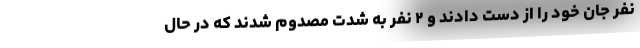
نفر جان خود را از دست دادند و ۲ نفر به شدت مصدوم‌ شدند که در حال